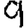
Digit: 9